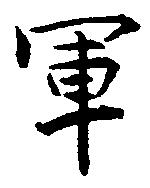
軍